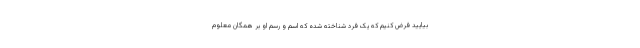
بیایید فرض کنیم که یک فرد شناخته شده که اسم و رسم او بر همگان معلوم